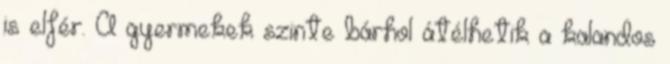
is elfér. A gyermekek szinte bárhol átélhetik a kalandos